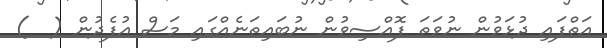
އަތްފައި ދުޅަވުން ނުވަތަ ފޮއްސިވުން ނުބައިތަނެއްގައި މަސް އުފެދުން (  )